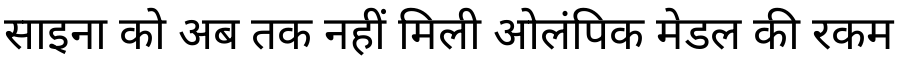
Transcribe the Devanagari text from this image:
साइना को अब तक नहीं मिली ओलंपिक मेडल की रकम